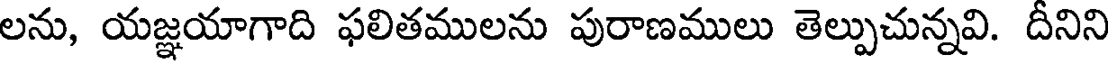
లను, యజ్ఞయాగాది ఫలితములను పురాణములు తెల్పుచున్నవి. దీనిని